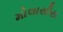
મોલાસીસ